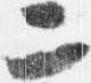
二